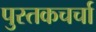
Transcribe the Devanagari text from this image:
पुस्तकचर्चा